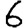
Digit: 6